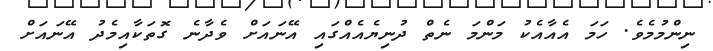
ނިންމުމެވެ. ހަމަ އެއާއެކު މަންމަ ނެތް ދުނިޔެއެއްގައި އޭނައަށް ވެދާނެ ގޮތަކާއިމެދު އޭނައަށް